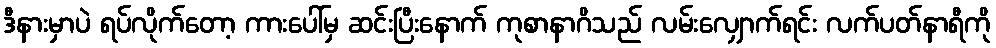
ဒီနားမှာပဲ ရပ်လိုက်တော့ ကားပေါ်မှ ဆင်းပြီးနောက် ကုစာနာဂိသည် လမ်းလျှောက်ရင်း လက်ပတ်နာရီကို